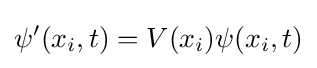
\psi '(x_{i},t)=V(x_{i})\psi (x_{i},t)